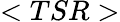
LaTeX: <TSR>